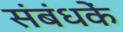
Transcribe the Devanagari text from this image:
संबंधकें